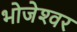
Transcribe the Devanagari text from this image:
भोजेश्‍वर